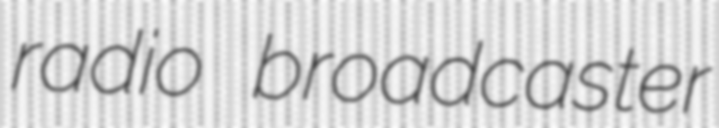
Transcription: radio broadcaster